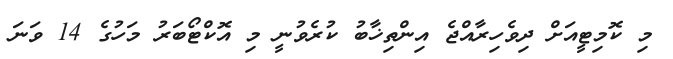
މި ކޮމިޓީއަށް ދިވެހިރާއްޖެ އިންތިޚާބު ކުރެވުނީ މި އޮކްޓޯބަރު މަހުގެ 14 ވަނަ